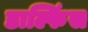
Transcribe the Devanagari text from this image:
डाल्फिंस